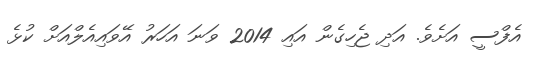
އެފްސީ އަށެވެ. އަދި ޖެހިގެން އައި 2014 ވަނަ އަހަރު އޭވައިއެލްއަށް ކުޅެ